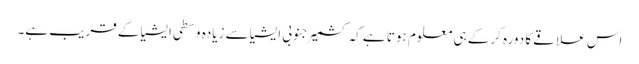
اس علاقے کا دورہ کرکے ہی معلوم ہوتا ہے کہ کشمیر جنوبی ایشیا سے زیادہ وسطی ایشیا کے قریب ہے۔